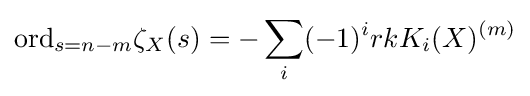
\mathrm {ord} _{s=n-m}\zeta _{X}(s)=-\sum _{i}(-1)^{i}rkK_{i}(X)^{(m)}